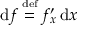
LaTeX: \operatorname { d } \! f \, { \overset { \underset { \mathrm { d e f } } { } } { = } } \, f _ { x } ^ { \prime } \operatorname { d } \! x